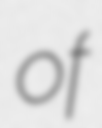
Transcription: of